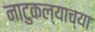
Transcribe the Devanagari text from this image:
नाटुकल्याच्या